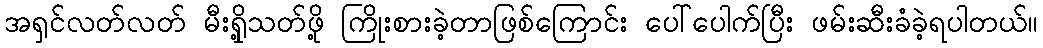
အရှင်လတ်လတ် မီးရှို့သတ်ဖို့ ကြိုးစားခဲ့တာဖြစ်ကြောင်း ပေါ်ပေါက်ပြီး ဖမ်းဆီးခံခဲ့ရပါတယ်။